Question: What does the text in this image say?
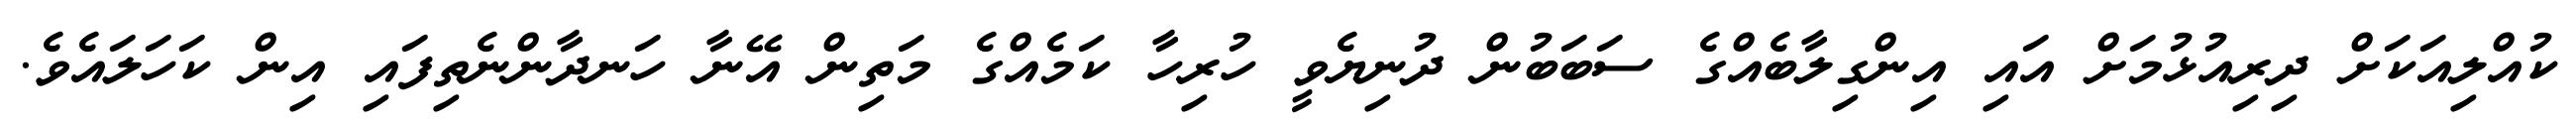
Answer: ކުއްލިއަކަށް ދިރިއުޅުމަށް އައި އިންގިލާބެއްގެ ސަބަބުން ދުނިޔެވީ ހުރިހާ ކަމެއްގެ މަތިން އޭނާ ހަނދާންނެތިފައި އިން ކަހަލައެވެ.